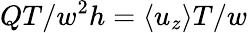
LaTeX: QT/w^{2}h=\langle u_{z}\rangle T/w